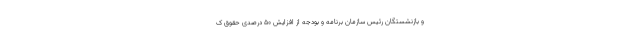
و بازنشستگان رئیس سازمان برنامه و بودجه از افزایش ۵۰ درصدی حقوق ک